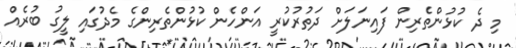
މި ދެ ކުޅުންތެރިން ފައިނަލަށް ދަތުރުކުރީ އަންހެން ކުޅުންތެރިންގެ މެދުގައި ލީގު ބުރެއް